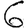
Digit: 6